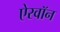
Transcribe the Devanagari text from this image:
ऐरवॉन